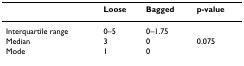
<table><thead><tr><td></td><td><b>Loose</b></td><td><b>Bagged</b></td><td><b>p-value</b></td></tr></thead><tbody><tr><td>Interquartile range</td><td>0–5</td><td>0–1.75</td><td></td></tr><tr><td>Median</td><td>3</td><td>0</td><td>0.075</td></tr><tr><td>Mode</td><td>1</td><td>0</td><td></td></tr></tbody></table>